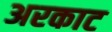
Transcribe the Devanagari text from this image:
अरकाट